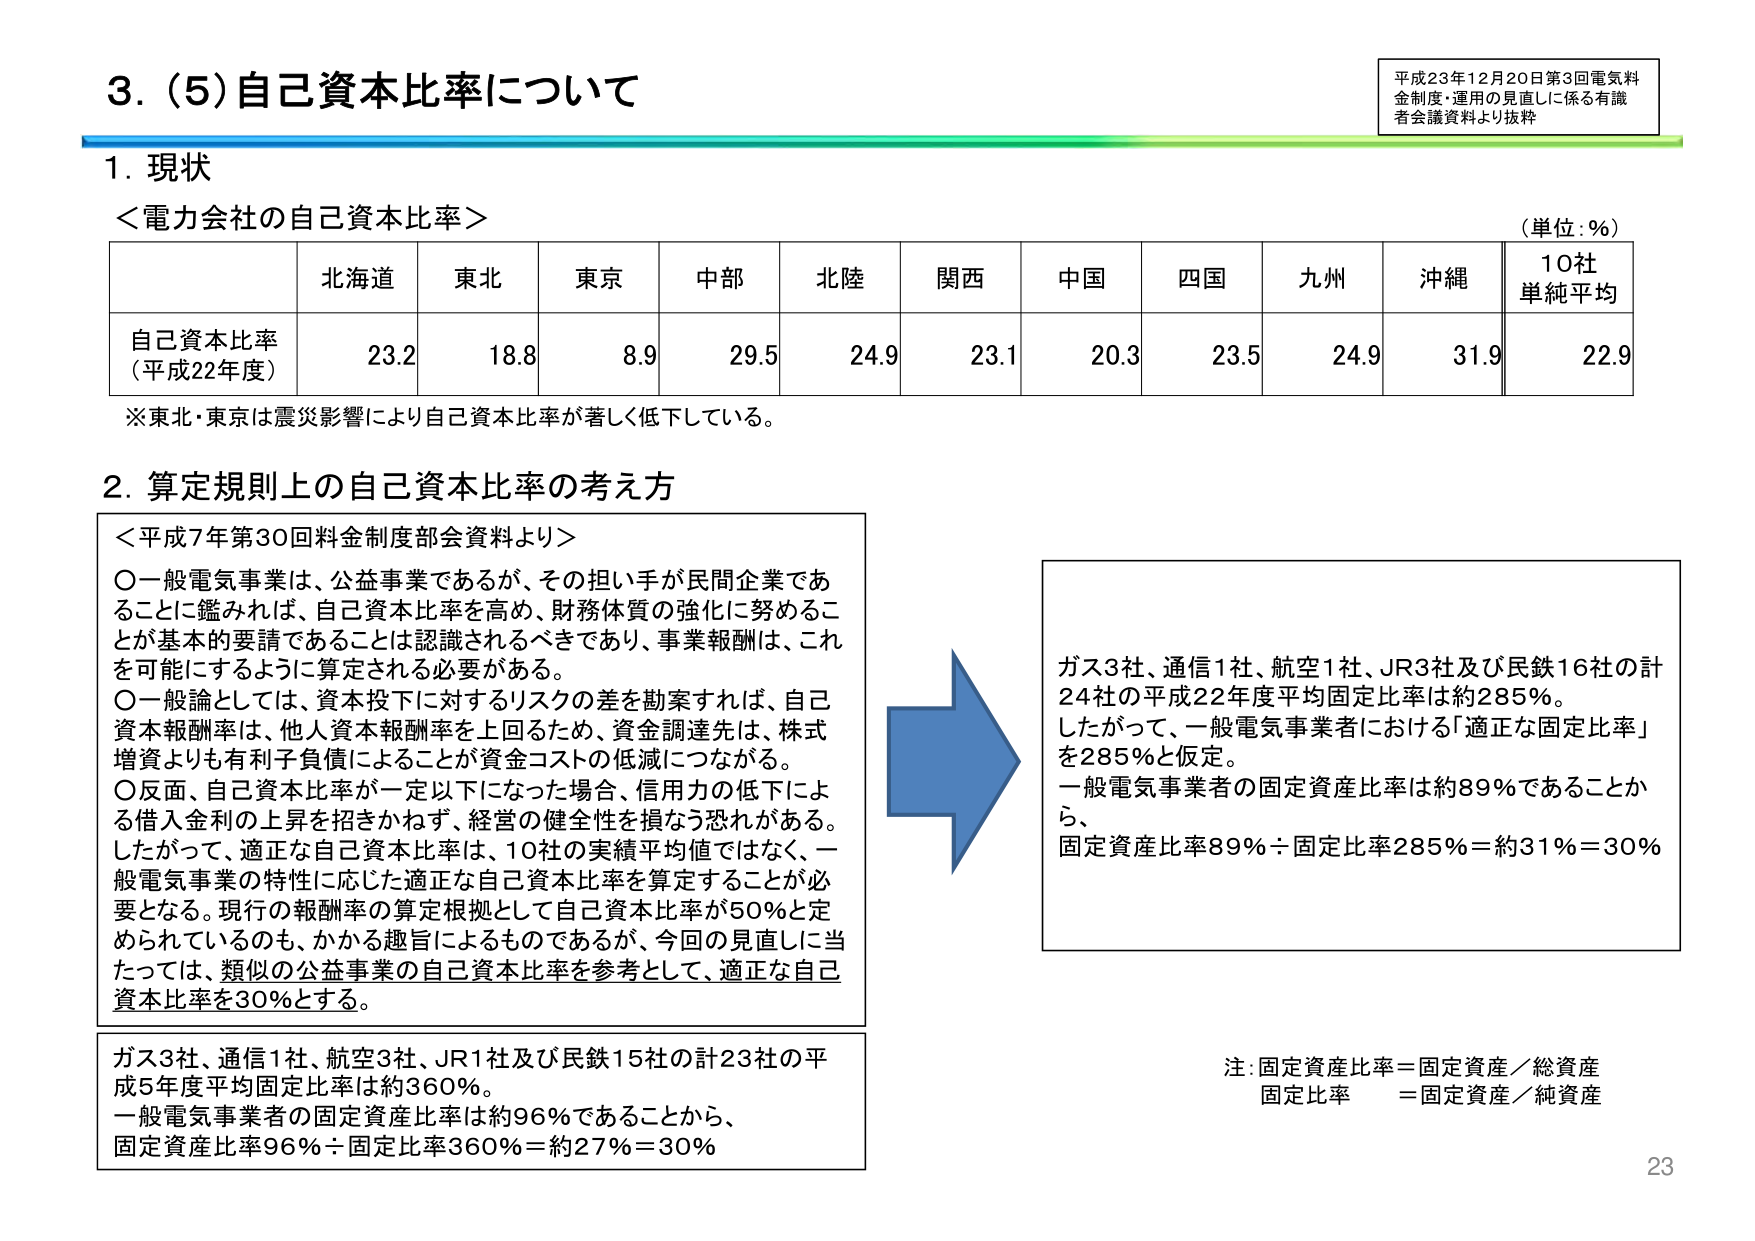
3. (5) 自己資本比率について

平成23年12月20日第3回電気料金制度・運用の見直しに係る有識者会議資料より抜粋

1. 現状
＜電力会社の自己資本比率＞
（単位：％）

| | 北海道 | 東北 | 東京 | 中部 | 北陸 | 関西 | 中国 | 四国 | 九州 | 沖縄 | 10社単純平均 |
|---|---|---|---|---|---|---|---|---|---|---|---|
| 自己資本比率（平成22年度） | 23.2 | 18.8 | 8.9 | 29.5 | 24.9 | 23.1 | 20.3 | 23.5 | 24.9 | 31.9 | 22.9 |

※東北・東京は震災影響により自己資本比率が著しく低下している。

2. 算定規則上の自己資本比率の考え方

＜平成7年第30回料金制度部会資料より＞
○一般電気事業は、公益事業であるが、その担い手が民間企業であることに鑑みれば、自己資本比率を高め、財務体質の強化に努めることが基本的要請であることは認識されるべきであり、事業報酬は、これを可能にするように算定される必要がある。
○一般論としては、資本投下に対するリスクの差を勘案すれば、自己資本報酬率は、他人資本報酬率を上回るため、資金調達先は、株式増資よりも有利子負債によることが資金コストの低減につながる。
○反面、自己資本比率が一定以下になった場合、信用力の低下による借入金利の上昇を招きかねず、経営の健全性を損なう恐れがある。
したがって、適正な自己資本比率は、10社の実績平均値ではなく、一般電気事業の特性に応じた適正な自己資本比率を算定することが必要となる。現行の報酬率の算定根拠として自己資本比率が50％と定められているのも、かかる趣旨によるものであるが、今回の見直しに当たっては、類似の公益事業の自己資本比率を参考として、適正な自己資本比率を30％とする。

ガス3社、通信1社、航空1社、JR3社及び民鉄16社の計24社の平成22年度平均固定比率は約285％。
したがって、一般電気事業者における「適正な固定比率」を285％と仮定。
一般電気事業者の固定資産比率は約89％であることから、
固定資産比率89％÷固定比率285％＝約31％＝30％

ガス3社、通信1社、航空3社、JR1社及び民鉄15社の計23社の平成5年度平均固定比率は約360％。
一般電気事業者の固定資産比率は約96％であることから、
固定資産比率96％÷固定比率360％＝約27％＝30％

注：固定資産比率＝固定資産／総資産
固定比率＝固定資産／純資産

23